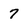
Character: 7